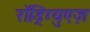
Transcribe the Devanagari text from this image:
रॉड्रिग्युएज़